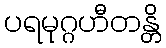
ပရမုဂ္ဂဟီတန္တိ